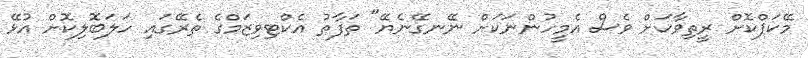
މޭކަޕްކޮށް ރީތިވާކަށް ވެސް އެމީހުންނަކަށް ނޭނގޭނެޔޭ" ތަފާތު އެކްޓިވިޒަމްގެ ތެރޭގައި ހަލަބޮލިކޮށް އުޅޭ